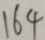
1 6 4